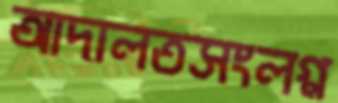
আদালতসংলগ্ন